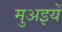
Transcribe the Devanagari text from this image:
मुअइयें